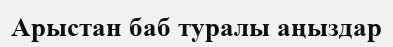
Арыстан баб туралы аңыздар